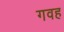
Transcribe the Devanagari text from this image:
गवह